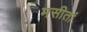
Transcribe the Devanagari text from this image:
मसीतां